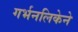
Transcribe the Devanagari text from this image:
गर्भनलिकेने